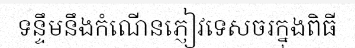
ទន្ទឹមនឹងកំណើនភ្ញៀវទេសចរក្នុងពិធី